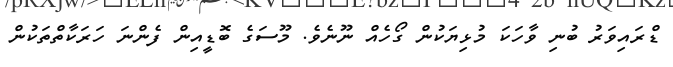
ޑްރައިވަރު ބުނި ވާހަކަ މުޅިޔަކުން ގޯހެއް ނޫނެވެ. މޫސަގެ ބޮޑީއިން ފެންނަ ހަރަކާތްތަކުން